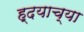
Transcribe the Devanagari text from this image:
ह्दयाच्या